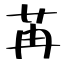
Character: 苒